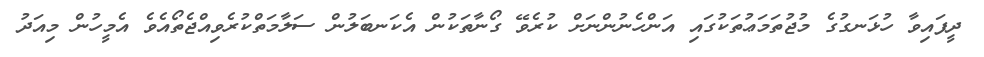
ދީފައިވާ ހުޅަނގުގެ މުޖުތަމަޢުތަކުގައި އަންހެނުންނަށް ކުރެވޭ ގޯނާތަކުން އެކަނބަލުން ސަލާމަތްކުރެވިއްޖެތޯއެވެ އެމީހުން މިއަދު